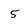
Character: 5